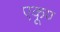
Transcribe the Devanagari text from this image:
एकूण्‍